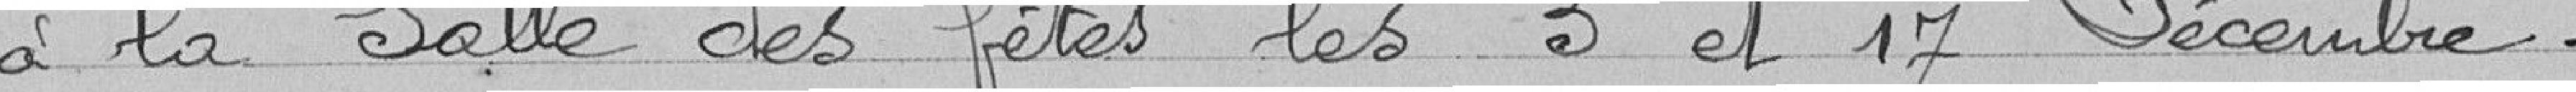
à la salle des fêtes les 3 et 17 décembre.